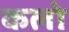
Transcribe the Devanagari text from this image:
कलो